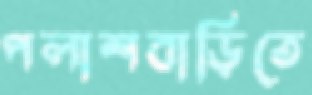
পলাশবাড়িতে